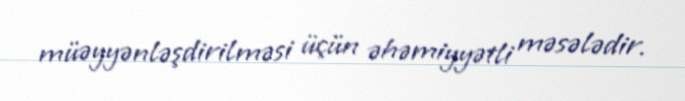
müəyyənləşdirilməsi üçün əhəmiyyətli məsələdir.